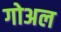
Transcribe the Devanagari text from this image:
गोअल